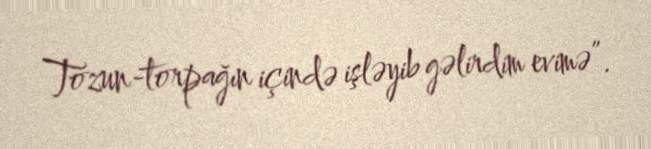
Tozun-torpağın içində işləyib gəlirdim evimə”.